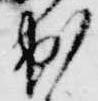
出